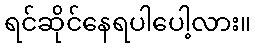
ရင်ဆိုင်နေရပါပေါ့လား။